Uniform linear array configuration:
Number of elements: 16
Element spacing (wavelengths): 0.5
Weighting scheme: hamming
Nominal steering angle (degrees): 15
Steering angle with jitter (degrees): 14.734
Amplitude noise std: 0.05
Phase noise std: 0.05

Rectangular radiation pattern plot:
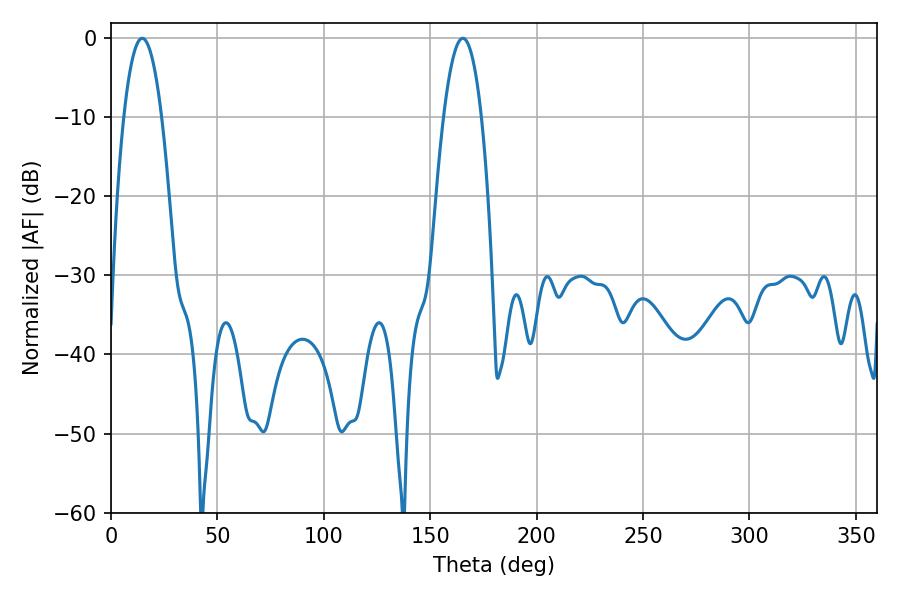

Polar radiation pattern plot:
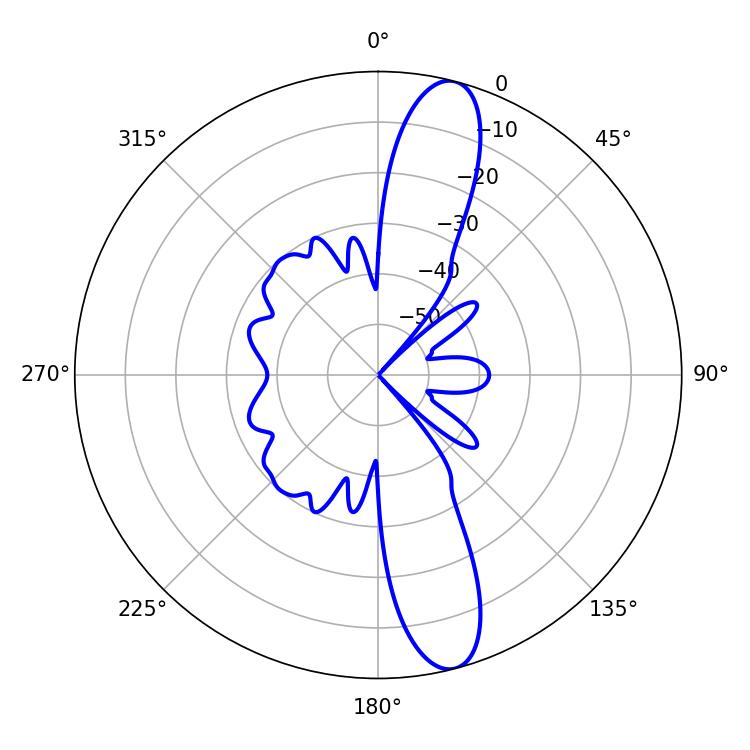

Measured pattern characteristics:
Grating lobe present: FALSE
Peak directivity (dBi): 13.329
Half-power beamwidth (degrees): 9.72
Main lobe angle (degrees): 14.76